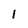
Character: 1